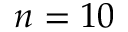
n = 1 0